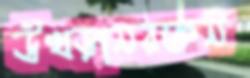
উখড়ানরক্তন